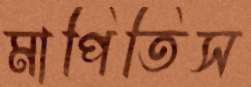
মাপিতিস